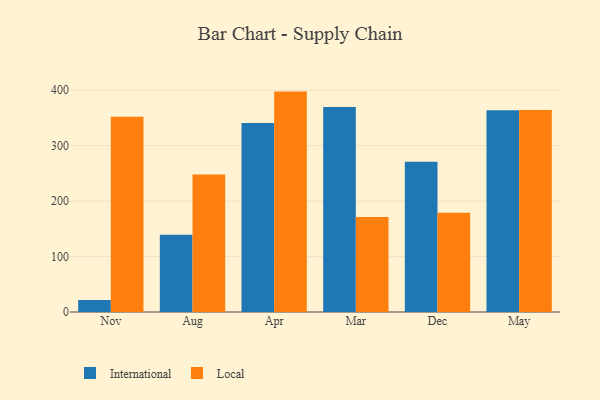
{"axis": {"x": "Month", "y": "Active Users"}, "legend": ["International", "Local"], "data": [{"x": "Nov", "y": 21.7, "type": "International"}, {"x": "Nov", "y": 352.3, "type": "Local"}, {"x": "Aug", "y": 139.2, "type": "International"}, {"x": "Aug", "y": 248.2, "type": "Local"}, {"x": "Apr", "y": 340.9, "type": "International"}, {"x": "Apr", "y": 397.6, "type": "Local"}, {"x": "Mar", "y": 370.0, "type": "International"}, {"x": "Mar", "y": 171.6, "type": "Local"}, {"x": "Dec", "y": 271.0, "type": "International"}, {"x": "Dec", "y": 179.2, "type": "Local"}, {"x": "May", "y": 364.1, "type": "International"}, {"x": "May", "y": 364.3, "type": "Local"}]}